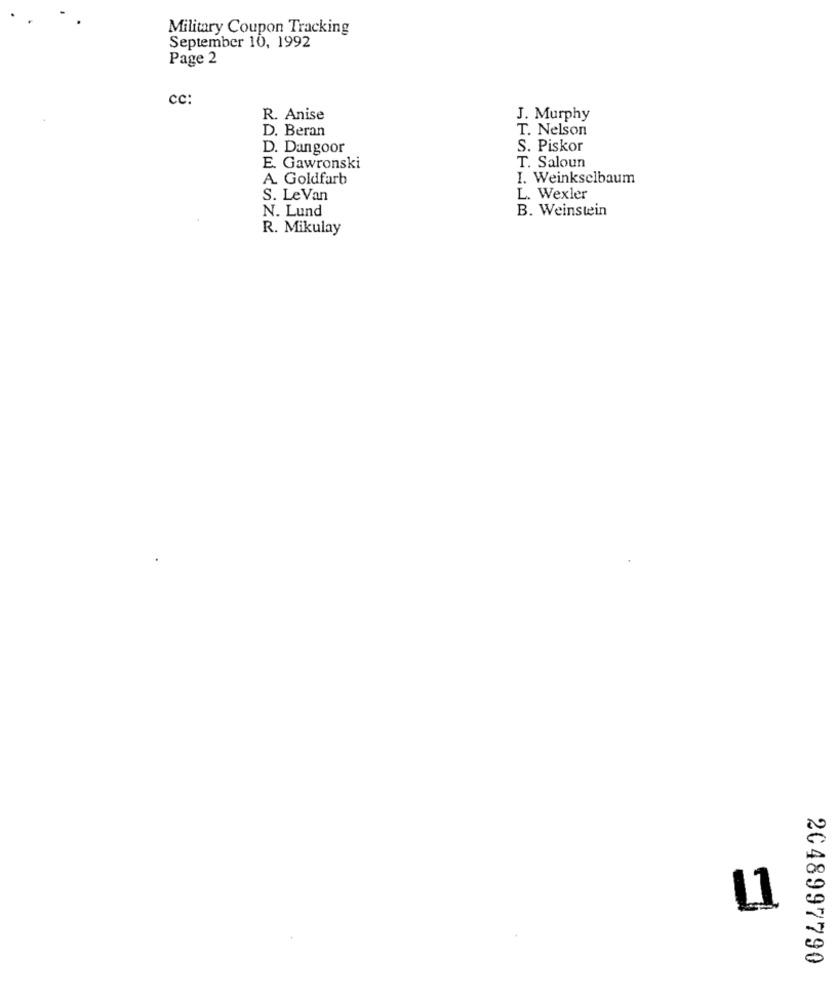
Military Coupon Tracking
September 10, 1992
Page 2
CC:
R. Anise
J. Murphy
D. Beran
T. Nelson
D. Dangoor
S. Piskor
E. Gawronski
T. Saloun
A. Goldfarb
I. Weinkselbaum
S. Le Van
L. Wexler
B. Weinstein
N. Lund
R. Mikulay
L1
2048997790